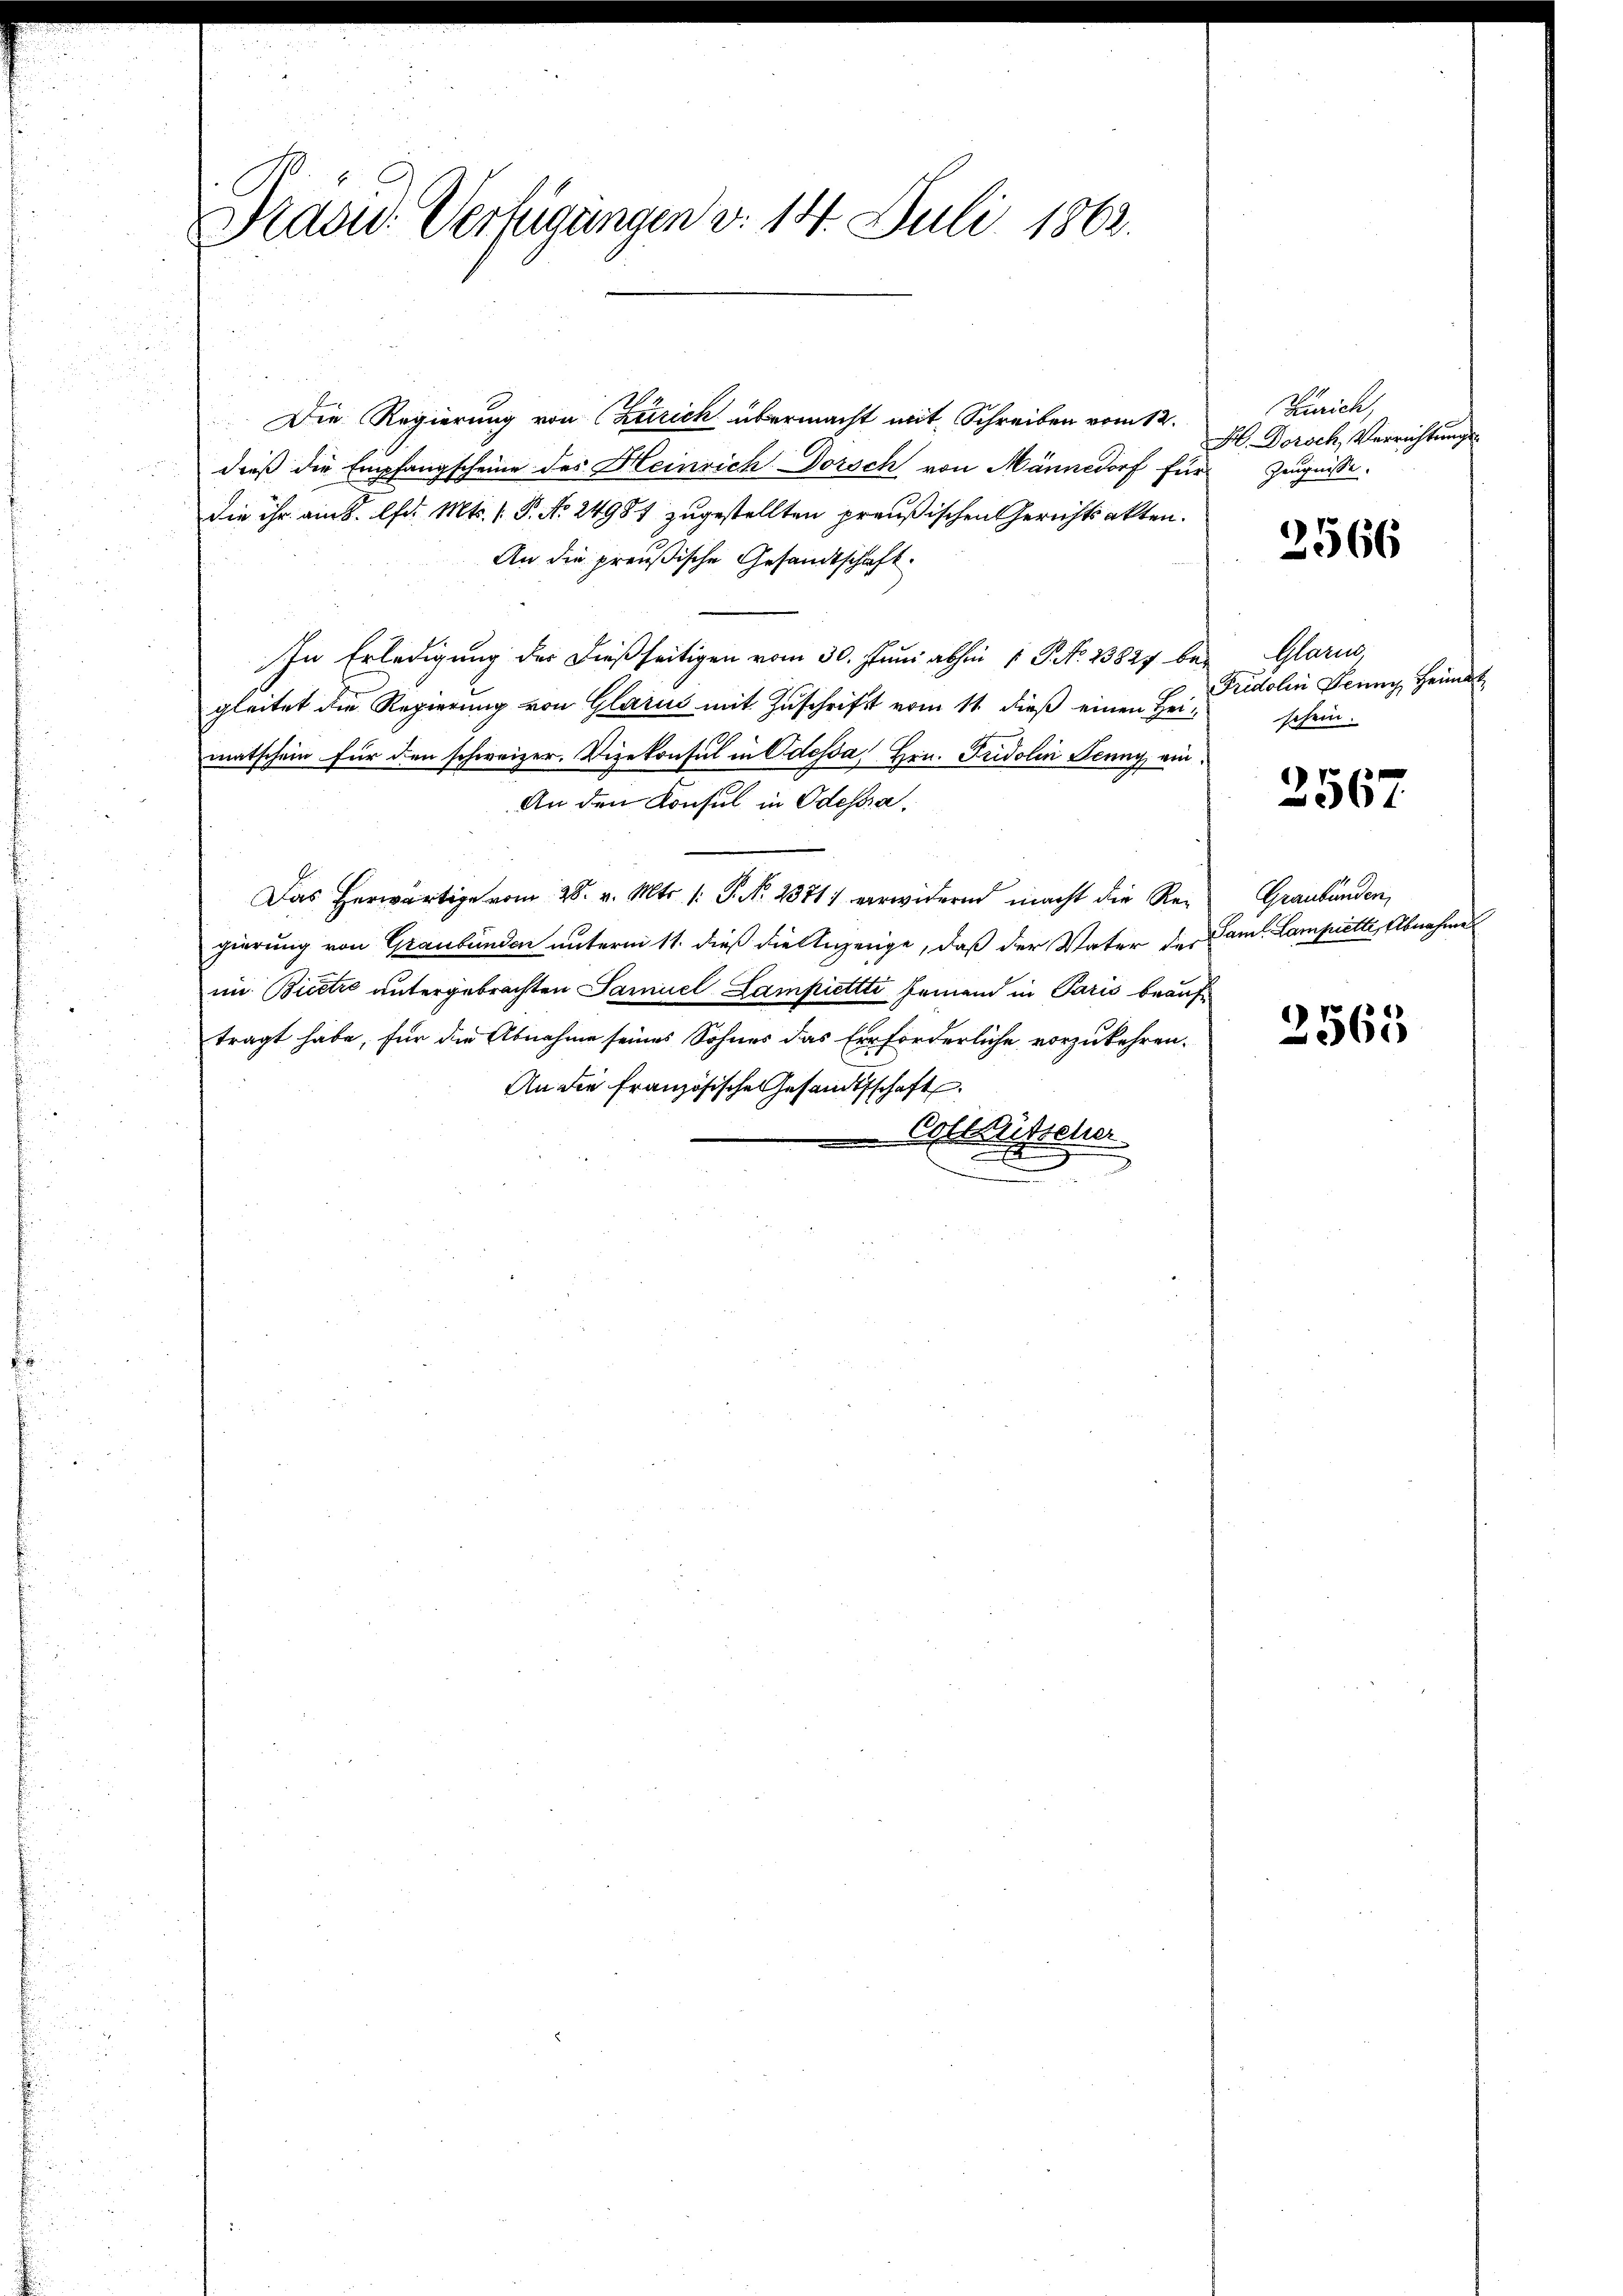
Prasid. Verfügungen d. 14. Juli 1862.

Die Regierung von Zürich übermacht mit Schreiben vom 12.
dieß die Empfangscheine des Heinrich Dorsch von Männedorf für
die ihr ain S. lfd. Mts. 1. P. Nr. 24981 zugestellten preußischen Gerichtsakten.
An die preußische Gesandtschaft
In Erledigung der dießseitigen vom 30. Juni abhin 1 S. 23827 bei Glarus
gleitet die Regierung von Glarus mit Zuschrift vom 11. dieß einen Heimatschein für den schweizer. Vizekonsul in Odessa, Hrn. Fridolin Jenny ein¬
An den Konsul in Odesra¬
Das herwärtige vom 28. v. Mts. /: P. N. 2371) verwidernd macht die Re-
gierung von Graubünden unterm 11. dieß die Anzeige, daß der Vater die Samt Lampiette, Abnahme
in Bietro untergebrachten Samuel Lampiettti jemand in Paris beauftragt habe, für die Abnahme seines Sohnes das Erforderliche vorzukehren.
An die Französische Gesandtschaft
Coltütscher

Zürich,
H. Dorsch, Verrichtungs
Zeugnisse.

2566

Fridolin Jenny, Heimat
schein.

3567

Graubünden,

2563